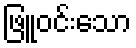
ဖြူဝင်းသော